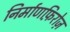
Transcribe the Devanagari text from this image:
निर्माणफ़िरोज़